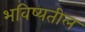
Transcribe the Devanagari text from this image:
भविष्यतील